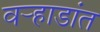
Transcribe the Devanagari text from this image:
वर्‍हाडांत